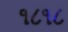
૧૮૧૮